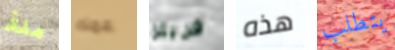
منذ عمك فريتز هذه يتطلب